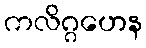
ကလိဂ္ဂဟေန